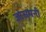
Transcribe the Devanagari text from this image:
जोसमनी